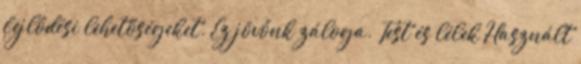
fejlődési lehetőségeket. Ez jövőnk záloga. Test és lélek Használt